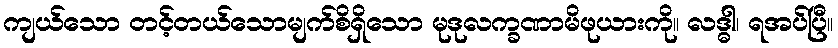
ကျယ်သော တင့်တယ်သောမျက်စိရှိသော မုဒုလက္ခဏာမိဖုယားကို။ လဒ္ဓါ၊ ရအပ်ပြီ။